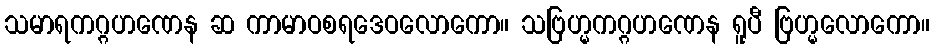
သမာရကဂ္ဂဟဏေန ဆ ကာမာဝစရဒေဝလောကော။ သဗြဟ္မကဂ္ဂဟဏေန ရူပီ ဗြဟ္မလောကော။